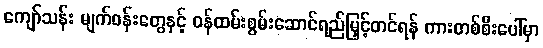
ကျော်သန်း မျက်ဝန်းတွေနှင့် ဝန်ထမ်းစွမ်းဆောင်ရည်မြှင့်တင်ရန် ကားတစ်စီးပေါ်မှာ